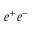
e ^ { + } e ^ { - }